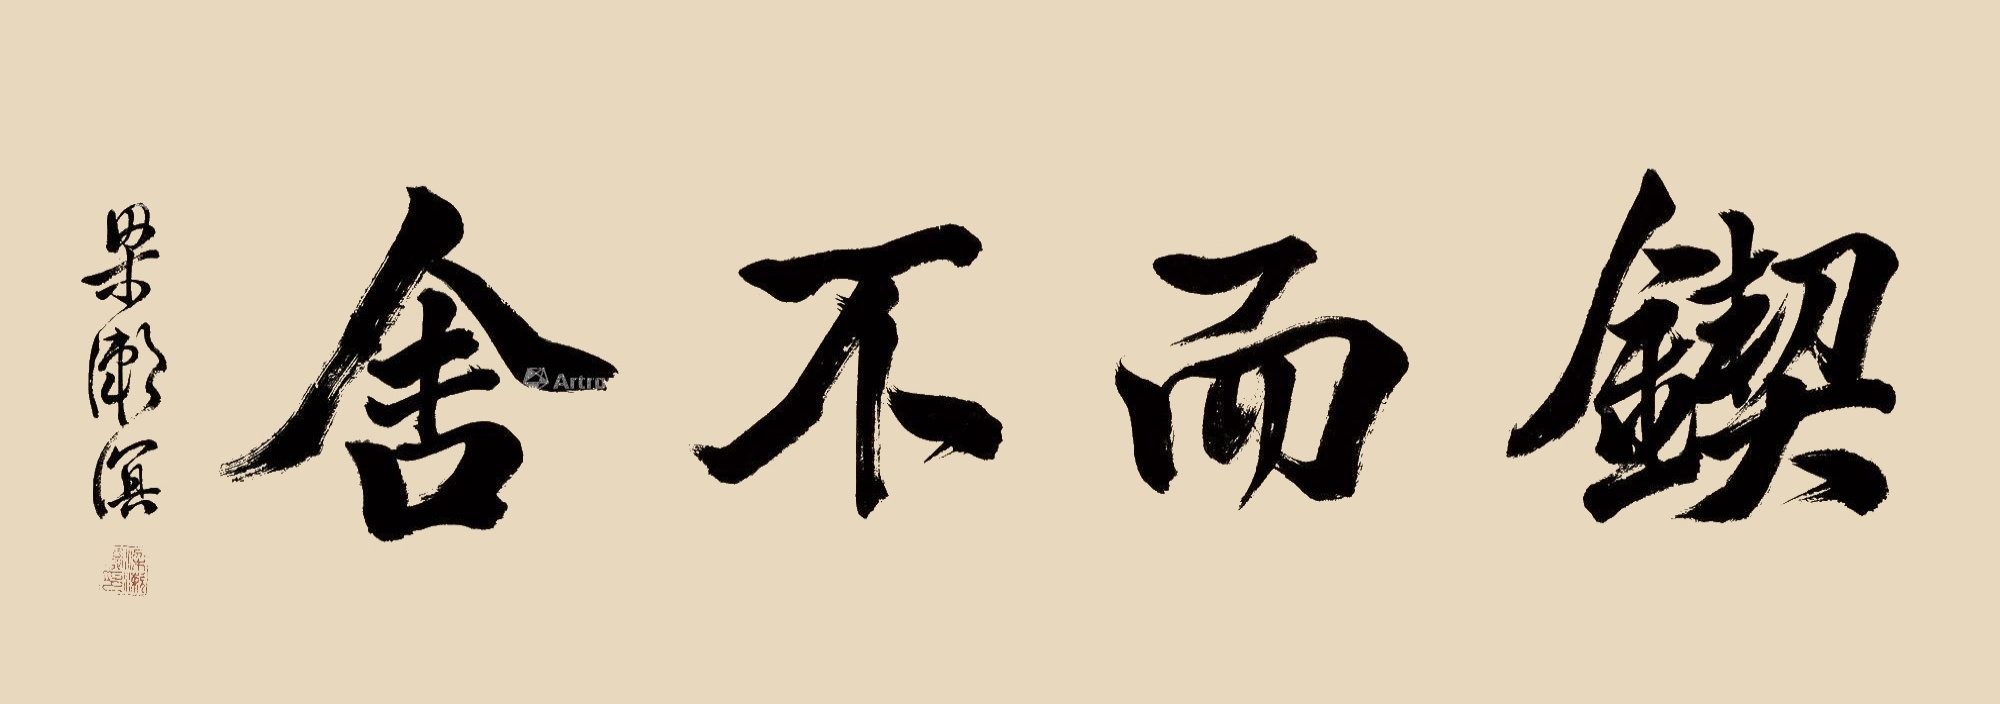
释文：锲而不舍。梁漱溟。